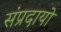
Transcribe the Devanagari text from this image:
संप्रदायो